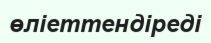
өліеттендіреді